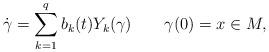
LaTeX: \begin{align*} \dot\gamma=\sum_{k=1}^q b_k(t) Y_k(\gamma)\quad\quad\gamma(0)=x\in M, \end{align*}